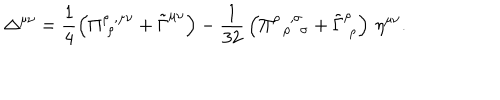
\Delta ^ { \mu \nu } = \frac 1 4 \left( \Pi _ { \; \rho } ^ { \rho \; , \mu \nu } + \tilde { \Gamma } ^ { \mu \nu } \right) - { \frac 1 { 3 2 } } \left( \Pi _ { \; \; \rho \; \; \sigma } ^ { \rho \; \; , \sigma } + \tilde { \Gamma } _ { \; \rho } ^ { \rho } \right) \, \eta ^ { \mu \nu } .